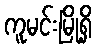
ကူမင်းမြို့ရှိ